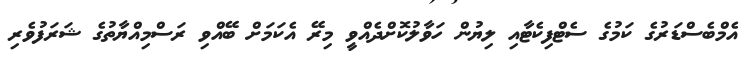
އެމްބެސްޑަރުގެ ކަމުގެ ސެޓްފިކެޓާއި ލިޔުން ހަވާލުކޮށްދެއްވީ މިރޭ އެކަމަށް ބޭއްވި ރަސްމިއްޔާތުގެ ޝަރަފުވެރި